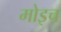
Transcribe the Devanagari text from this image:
मोइच